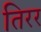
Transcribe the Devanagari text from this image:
तिरर